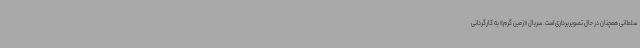
سلطانی همچنان در حال تصویربرداری است. سریال «زمین گرم» به کارگردانی